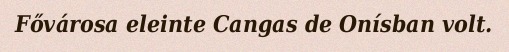
Fővárosa eleinte Cangas de Onísban volt.